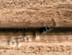
الشيفرة